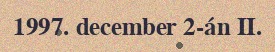
1997. december 2-án II.